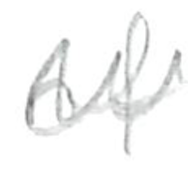
Text: of
Cross-out: zig-zag
Writing tool: pencil